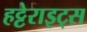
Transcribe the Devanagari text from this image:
हट्टेराइट्स